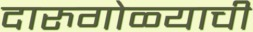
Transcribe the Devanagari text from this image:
दारुगोळ्याची